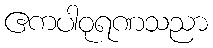
ဧကပါဝုရဏသညာ